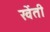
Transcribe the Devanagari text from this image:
खेंती